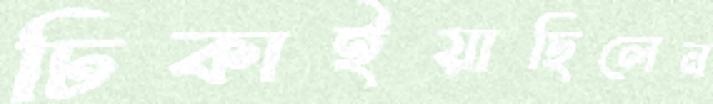
ঢিকাইয়াছিলেন